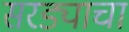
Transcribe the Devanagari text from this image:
सरड्याचा